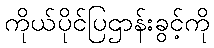
ကိုယ်ပိုင်ပြဌာန်းခွင့်ကို